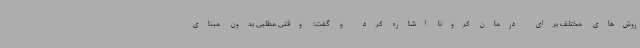
روش‌های مختلف برای درمان کرونا اشاره کرد و گفت: وقتی مطلبی بدون مبنای